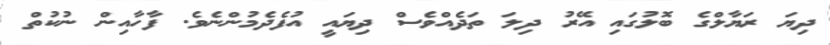
ދިޔަ ރަޔާލްގެ ބޮލުގައި އޭރު ދިލަ ތަދެއްވެސް ދިޔައީ އުފެދެމުންނެވެ. ފާހާއިން ނުކުތް